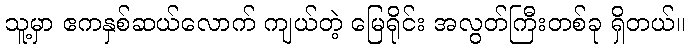
သူ့မှာ ဧကနှစ်ဆယ်လောက် ကျယ်တဲ့ မြေရိုင်း အလွတ်ကြီးတစ်ခု ရှိတယ်။